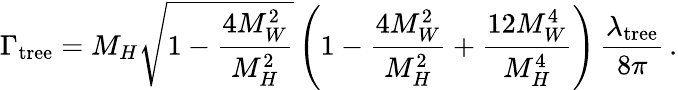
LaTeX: \Gamma_{\mathrm{tree}}=M_{H}\sqrt{1-\frac{4M_{W}^{2}}{M_{H}^{2}}}\left(1-\frac{4M_{W}^{2}}{M_{H}^{2}}+\frac{12M_{W}^{4}}{M_{H}^{4}}\right)\, \frac{\lambda_{\mathrm{tree}}}{8\pi}\, .